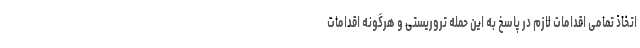
اتخاذ تمامی اقدامات لازم در پاسخ به این حمله تروریستی و هرگونه اقدامات